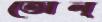
তোল্